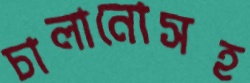
চালানোসহ